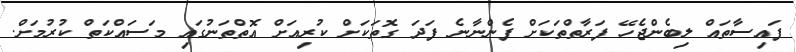
ފައިސާތައް ލިބެންޖެހޭ ފަރާތްތަކަށް ފެންނާނެ ފަދަ ގޮތަކަށް ކުރިއަށް އޮތްތަނުގައި މަސައްކަތް ކުރުމަށް.